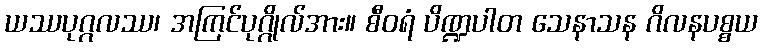
ယဿပုဂ္ဂလဿ၊ အကြင်ပုဂ္ဂိုလ်အား။ စီဝရံ ပိဏ္ဍပါတ သေနာသန ဂိလနပစ္စယ